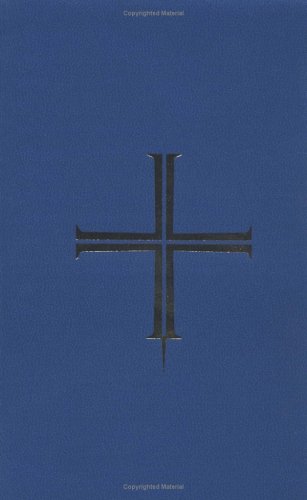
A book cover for Book of Blessings: Abridged Edition; Various; Christian Books & Bibles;